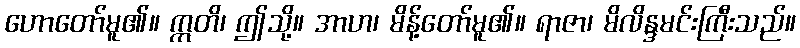
ဟောတော်မူ၏။ ဣတိ၊ ဤသို့။ အာဟ၊ မိန့်တော်မူ၏။ ရာဇာ၊ မိလိန္ဒမင်းကြီးသည်။